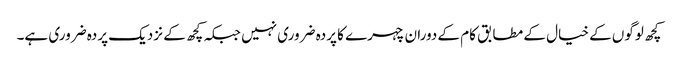
کچھ لوگوں کے خیال کے مطابق کام کے دوران چہرے کا پردہ ضروری نہیں جبکہ کچھ کے نزدیک پردہ ضروری ہے۔